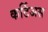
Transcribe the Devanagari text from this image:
कर्टिअस